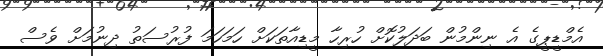
އެމްޑީޕީގެ އެ ނިންމުން ބަދަލުކޮށް ހުރިހާ މީޑިއާތަކަށް ހަމަހަމަ ފުރުސަތު ދިނުމަށް ވެސް